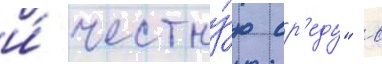
и́ честну́ю ср'еду" в